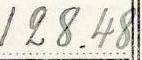
128.48